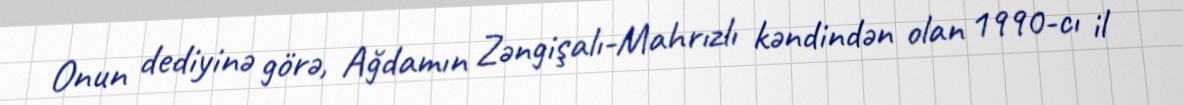
Onun dediyinə görə, Ağdamın Zəngişalı-Mahrızlı kəndindən olan 1990-cı il